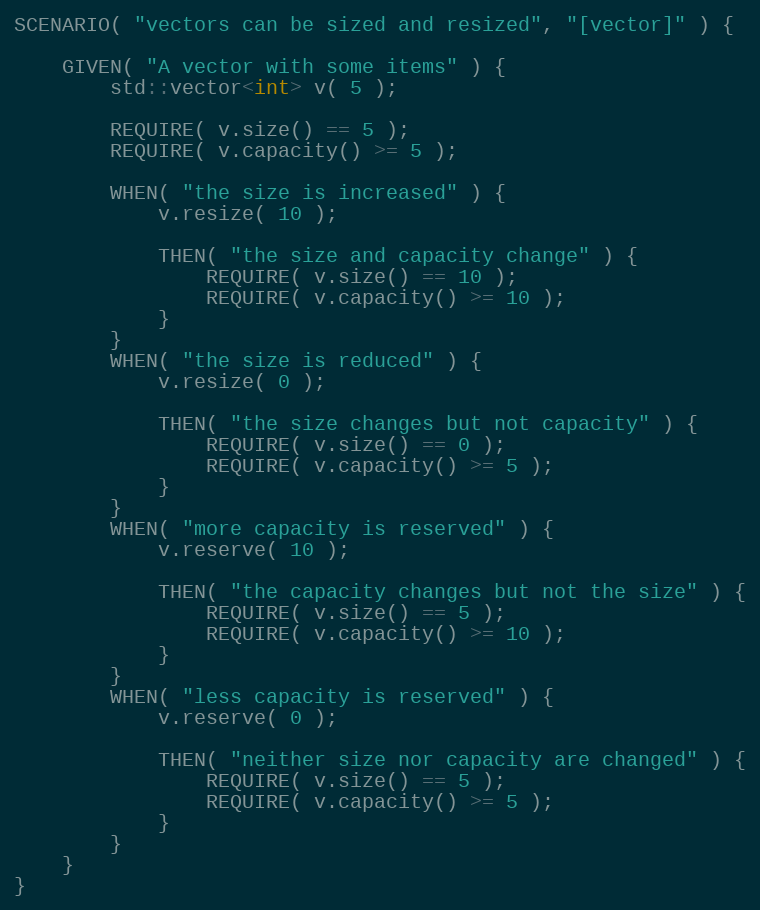
Language: C++
SCENARIO( "vectors can be sized and resized", "[vector]" ) {

    GIVEN( "A vector with some items" ) {
        std::vector<int> v( 5 );

        REQUIRE( v.size() == 5 );
        REQUIRE( v.capacity() >= 5 );

        WHEN( "the size is increased" ) {
            v.resize( 10 );

            THEN( "the size and capacity change" ) {
                REQUIRE( v.size() == 10 );
                REQUIRE( v.capacity() >= 10 );
            }
        }
        WHEN( "the size is reduced" ) {
            v.resize( 0 );

            THEN( "the size changes but not capacity" ) {
                REQUIRE( v.size() == 0 );
                REQUIRE( v.capacity() >= 5 );
            }
        }
        WHEN( "more capacity is reserved" ) {
            v.reserve( 10 );

            THEN( "the capacity changes but not the size" ) {
                REQUIRE( v.size() == 5 );
                REQUIRE( v.capacity() >= 10 );
            }
        }
        WHEN( "less capacity is reserved" ) {
            v.reserve( 0 );

            THEN( "neither size nor capacity are changed" ) {
                REQUIRE( v.size() == 5 );
                REQUIRE( v.capacity() >= 5 );
            }
        }
    }
}